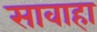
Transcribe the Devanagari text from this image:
सावाहा